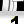
Digit: 1